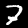
Digit: 7